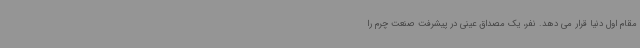
مقام اول دنیا قرار می دهد. نفر، یک مصداق عینی در پیشرفت صنعت چرم را